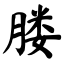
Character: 𦝼